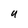
Character: U